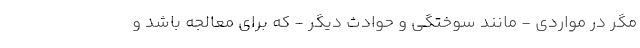
مگر در مواردی - مانند سوختگی و حوادث دیگر - که برای معالجه باشد و